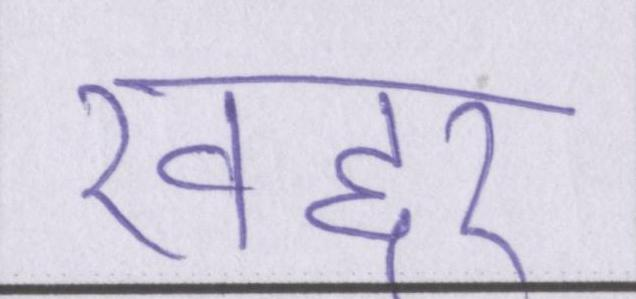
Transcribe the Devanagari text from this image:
खद्दर